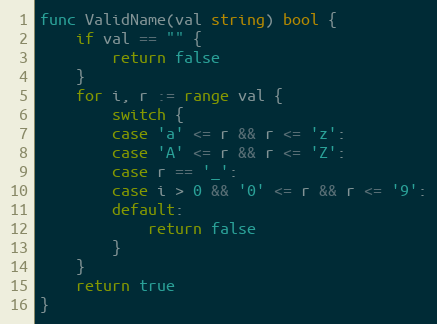
Language: Go
func ValidName(val string) bool {
	if val == "" {
		return false
	}
	for i, r := range val {
		switch {
		case 'a' <= r && r <= 'z':
		case 'A' <= r && r <= 'Z':
		case r == '_':
		case i > 0 && '0' <= r && r <= '9':
		default:
			return false
		}
	}
	return true
}